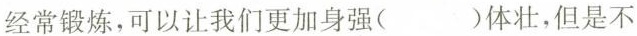
经常锻炼，可以让我们更加身强( )体壮，但是不